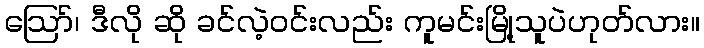
ဪ၊ ဒီလို ဆို ခင်လဲ့ဝင်းလည်း ကူမင်းမြို့သူပဲဟုတ်လား။